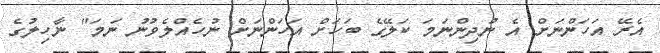
އެރޭ އަހަންނަށް އެ ނުދިންނަމަ ކަލޭގެ ބަހަށް އަހަންނަށް ނުހެއްލެވުނު ނަމަ" ނާހިލުގެ